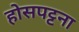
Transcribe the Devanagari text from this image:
होसपट्टना